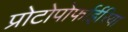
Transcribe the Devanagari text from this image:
प्रोटोपोर्फाईरिया